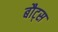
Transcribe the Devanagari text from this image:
बौट्स